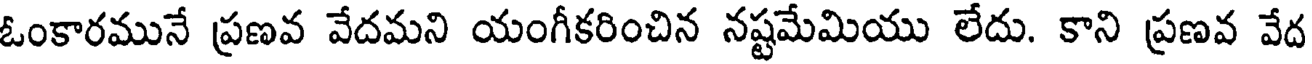
ఓంకారమునే ప్రణవ వేదమని యంగీకరించిన నష్టమేమియు లేదు. కాని ప్రణవ వేద